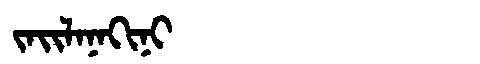
Manchu: ᠵᠠᡳᠯᠠᠨᠠᡴᡳᠨᡳ
Romanization: JAILANAKINI